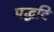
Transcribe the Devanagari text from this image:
पद्धदि